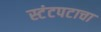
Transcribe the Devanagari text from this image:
स्टंटपटाचा